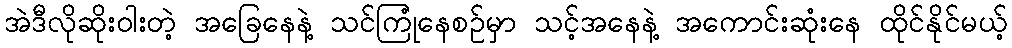
အဲဒီလိုဆိုးဝါးတဲ့ အခြေနေနဲ့ သင်ကြုံနေစဉ်မှာ သင့်အနေနဲ့ အကောင်းဆုံးနေ ထိုင်နိုင်မယ့်